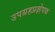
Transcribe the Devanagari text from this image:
उपग्रहप्रक्षेपक